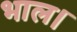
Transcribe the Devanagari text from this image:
भाल।